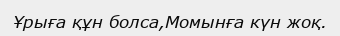
Ұрыға құн болса,Момынға күн жоқ.